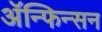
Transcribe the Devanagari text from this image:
ॲन्फिन्सन